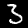
Digit: 3